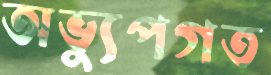
অভ্যুপগত